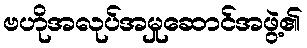
ဗဟိုအလုပ်အမှုဆောင်အဖွဲ့၏